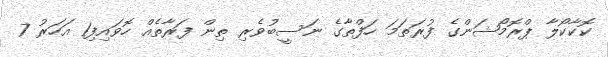
ކޮކާކޯލާ ޕްރޮމޯޝަންގެ ފުރަތަމަ ހަފްތާގެ ނަސީބުވެރި ތިން ފަރާތެއް ހޮވައިފި1 އަހަރު 7